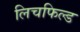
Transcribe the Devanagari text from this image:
लिचफिल्ड